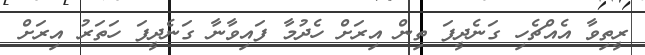
ރީތިވާ އެއްޗެހި ގަނެދީފަ ތިން އިރަށް ހެދުމާ ފައިވާނާ ގަނެދީފަ ހަތަރު އިރަށް